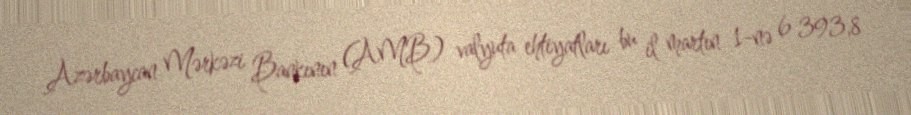
Azərbaycan Mərkəzi Bankının (AMB) valyuta ehtiyatları bu il martın 1-nə 6 393,8